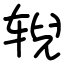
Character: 𫐐